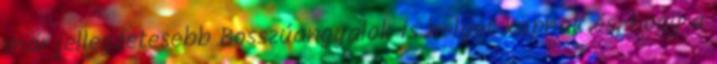
már jellegzetesebb Bosszúangyalok is helyet kapnak és, hogy a